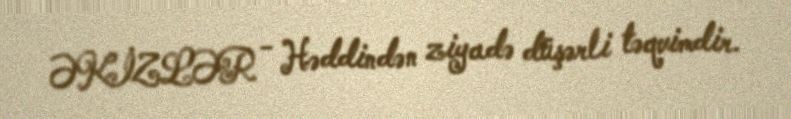
ƏKİZLƏR - Həddindən ziyadə düşərli təqvimdir.